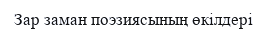
Зар заман поэзиясының өкілдері